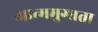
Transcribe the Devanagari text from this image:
आत्ममुग्धता